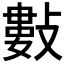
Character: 𢿘